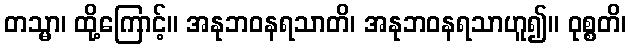
တသ္မာ၊ ထို့ကြောင့်။ အနုဘဝနရသာတိ၊ အနုဘဝနရသာဟူ၍။ ဝုစ္စတိ၊